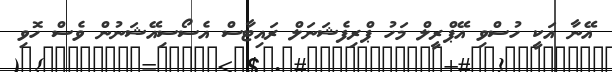
އޭނާ އަކީ ހުސްވި އޭޕްރީލް މަހު ޕްރިފެޝަނަލް ރައިޓާސް އެސޯސިއޭޝަނުން ވެސް ހޮވި